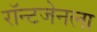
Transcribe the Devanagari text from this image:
रॉन्टजेनला